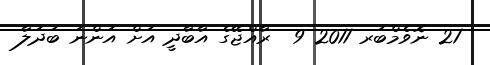
21 ނޮވެމްބަރ 2011 9  ރާއްޖޭގެ އާބާދީ އަށް އަންނަ ބަދަލާ